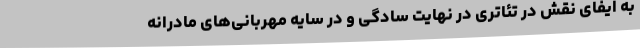
به ایفای نقش در تئاتری در نهایت سادگی و در سایه مهربانی‌های مادرانه‌